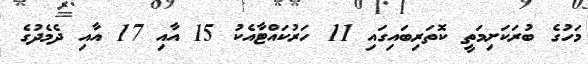
މަހުގެ ބުރަކަށިމަތީ ކޮތަރިބައިގައި 11 ހަރުކައްޓާއެކު 15 އާއި 17 އާއި ދެމެދުގެ